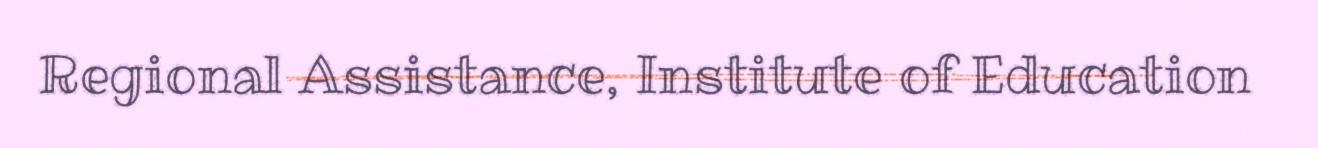
Regional Assistance, Institute of Education